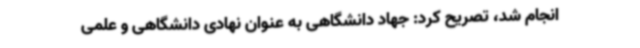
انجام شد، تصریح کرد: جهاد دانشگاهی به عنوان نهادی دانشگاهی و علمی